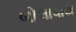
બોલાવાય